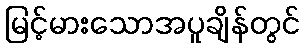
မြင့်မားသောအပူချိန်တွင်